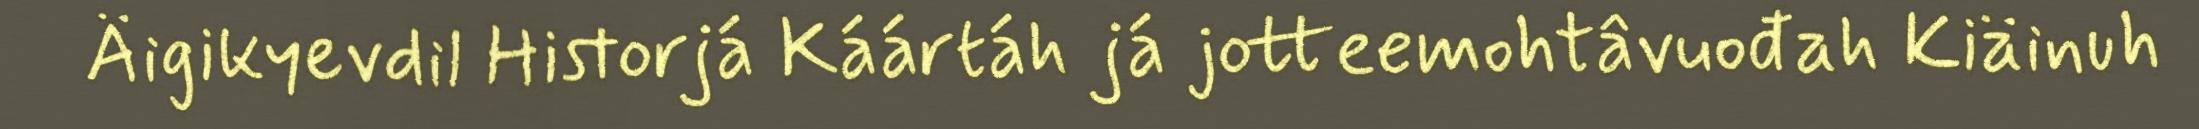
Äigikyevdil Historjá Káártáh já jotteemohtâvuođah Kiäinuh